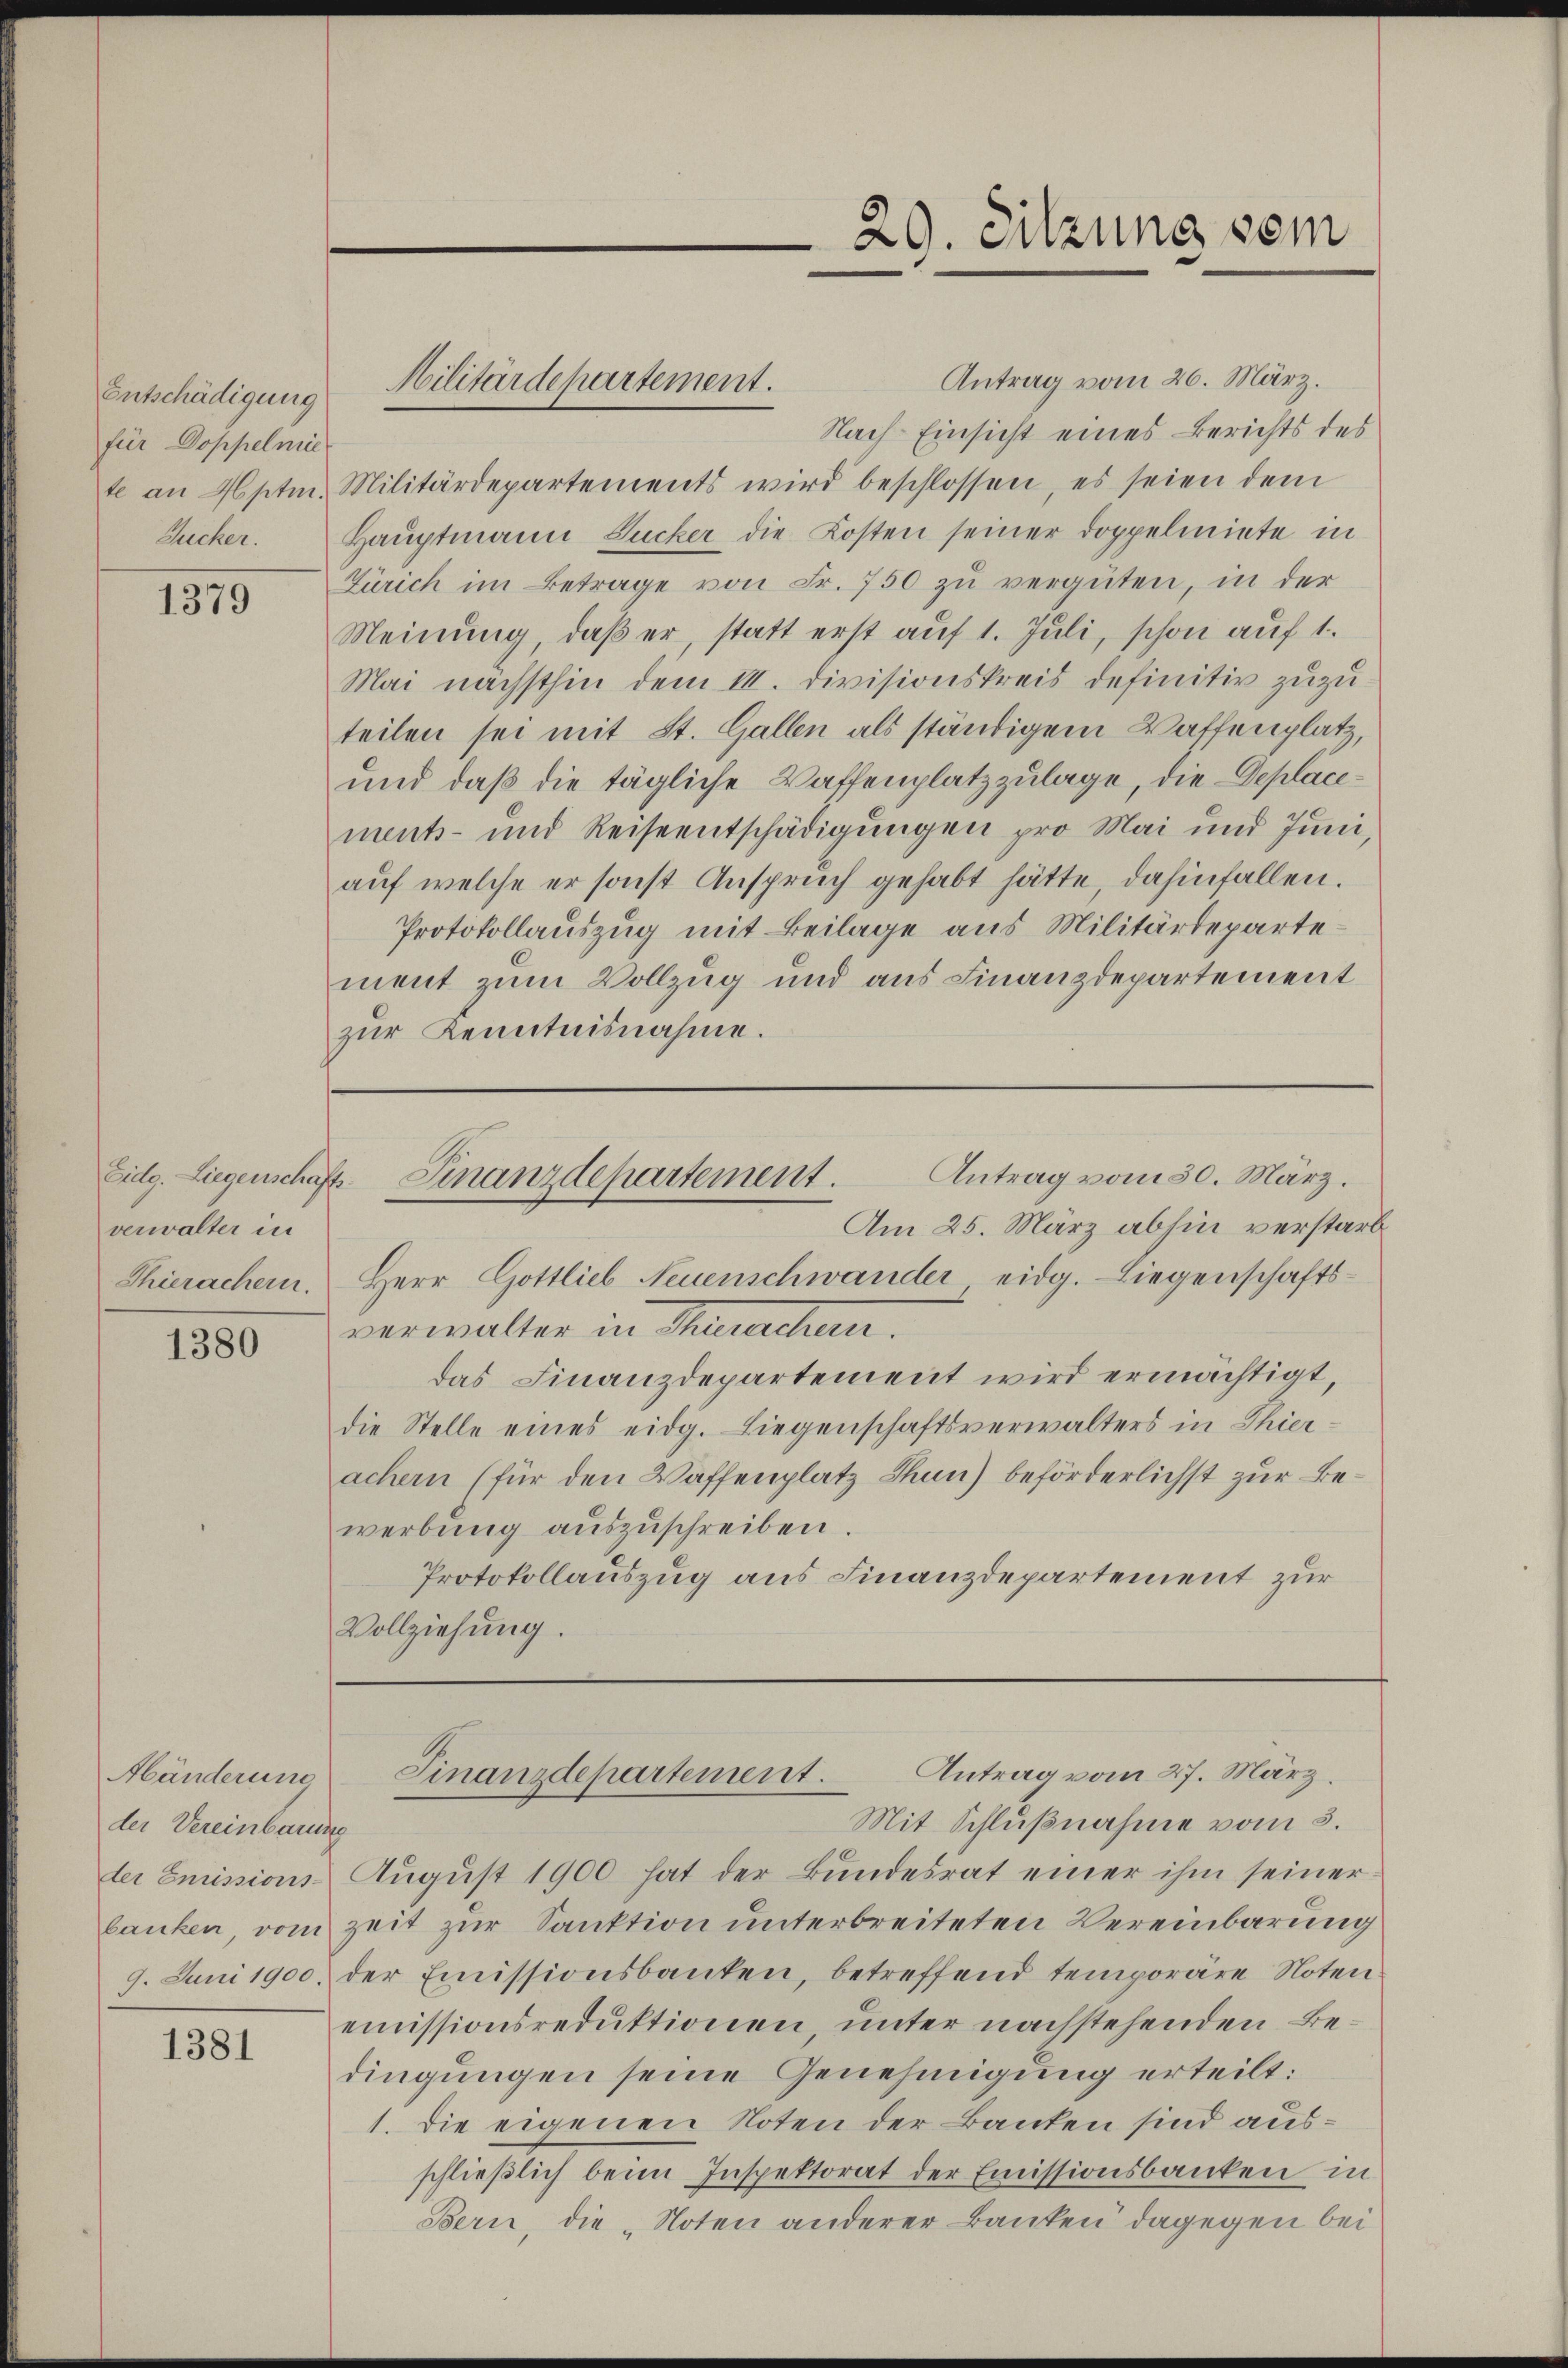
Entschädigung
für Doppelmie
Zucker.

1379

verwalter in
Thierachern.

1380

Händerung
der Vereinbaue

1381

Antrag vom 26. März.
Nach Einsicht eines Berichts des
te an Hptm. Militärdepartements wird beschlossen, es seien dem
Hauptmann Zucker die Kosten seiner Doppelmiete in
Zürich im Betrage von Fr. 750 zu vergüten, in der
Meinŭng, daβ er, statt erst aŭf 1. Jŭli, schon auf 1.
Mai nächsthin dem III. Divisionskreis definitiv zuzuteilen sei mit St. Gallen als ständigem Waffenplatz,
und daß die tägliche Waffenplatz zulage, die Deplacements- und Reiseentschädigungen pro Mai und Juni
auf welche er sonst Anspruch gehabt hätte, dahinfallen.
Protokollauszug mit Beilage aus Militärdepartement zum Vollzug und aus Finanzdepartement
zur Kenntnisnahme.

Militärdepartement.

Am 25. März abhin verstarb
Herr Gottlieb Neuenschwander eidg. Liegenschaftsverwalter in Menschen.
das Finanzdepartement wird ermächtigt,
die Stelle eines eidg. Liegenschaftsverwalters in Thierachern (für den Waffenplatz Thun) beförderlichst zur Bewerbung auszuschreiben.
Protokollauszug aus Finanzdepartement zur
Vollziehung.

29. Sitzung sein

Antrag vom 30. März.
Eidg. Liegenschaft Finanzdepartement.

Antrag vom 27. März.
Finanzdepartement.

Mit Schlußnahme vom 3.
der Emissions Aŭgŭst 1900 hat der Bŭndesrat einer ihm seiner
lanken vom Zeit zur Sanktion unterbreiteten Vereinbarung
9. Juni 1900 der Emissionsbanken, betreffend temporäre Noten
emissionsreduktionen unter nachstehenden Bedingungen seine Genehmigung erteilt:
1. Die eigenen Noten der Bauten sind ausschlieβlich beim Inspektorat der Emissionsbanken in
Bern, die „Noten anderer Banken dagegen bei